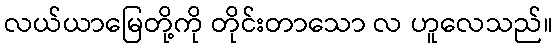
လယ်ယာမြေတို့ကို တိုင်းတာသော လ ဟူလေသည်။